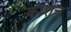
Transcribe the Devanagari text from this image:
कोशच